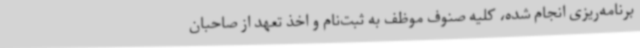
برنامه‌ریزی انجام شده، کلیه صنوف موظف به ثبت‌نام و اخذ تعهد از صاحبان